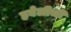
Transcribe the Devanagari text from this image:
हवेलीची